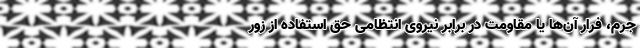
جرم، فرار آن‌ها یا مقاومت در برابر نیروی انتظامی حق استفاده از زور